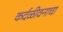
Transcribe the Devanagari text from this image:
कर्दळीवनाचा